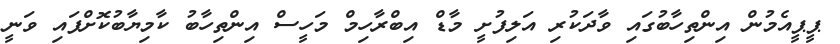
ޕީޕީއެމުން އިންތިހާބުގައި ވާދަކުރި އަލިފުށީ މާޑް އިބްރާހިމް މަހީސް އިންތިހާބު ކާމިޔާބުކޮށްފައި ވަނީ